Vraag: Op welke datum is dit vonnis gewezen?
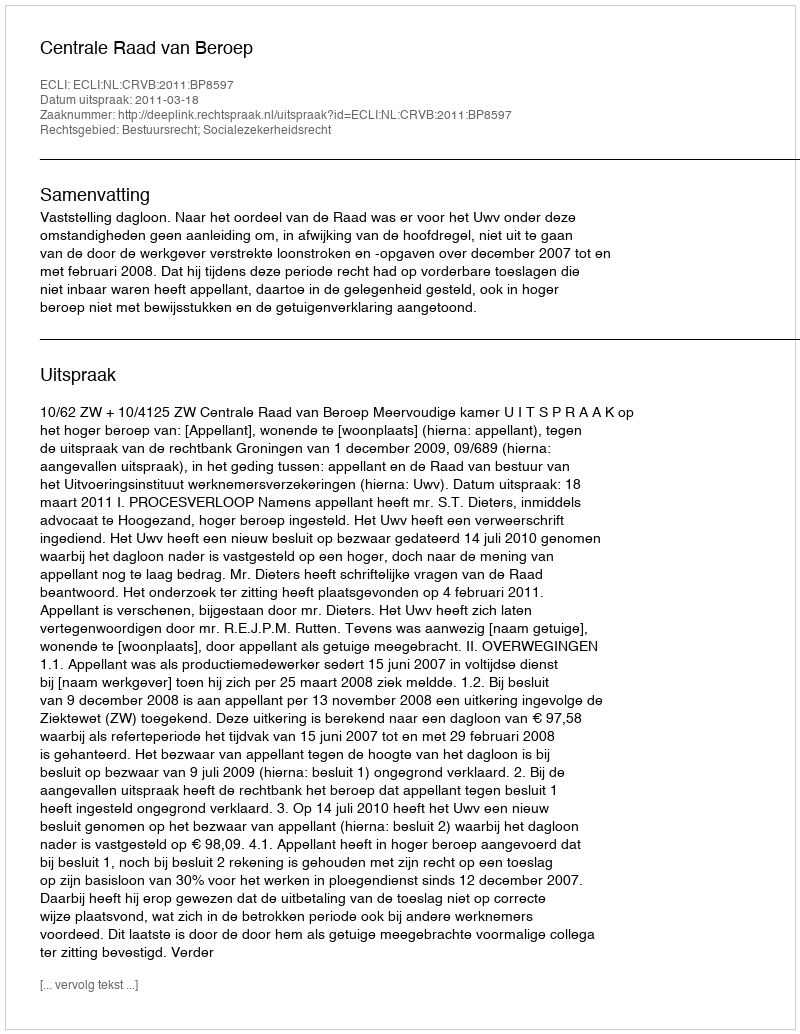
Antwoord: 2011-03-18